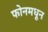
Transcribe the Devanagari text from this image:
फोनमधून